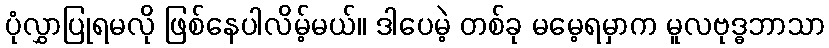
ပုံလွှာပြုရမလို ဖြစ်နေပါလိမ့်မယ်။ ဒါပေမဲ့ တစ်ခု မမေ့ရမှာက မူလဗုဒ္ဓဘာသာ